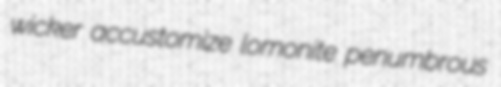
wicker accustomize lomonite penumbrous